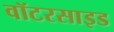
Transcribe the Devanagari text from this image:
वॉटरसाइड